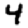
Digit: 4